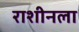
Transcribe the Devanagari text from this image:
राशीनला